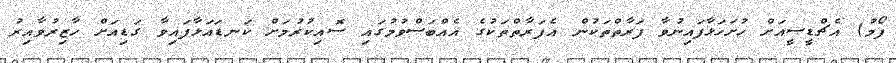
ފޯމު) އެޗްޑީސީއަށް ހުށަހަޅާފައިނުވާ ފަރާތްތަކުން އެފަރާތްތަކުގެ އެއްބަސްވުމުގައި ސޮއިކުރުމަށް ކަނޑައަޅާފައިވާ ގަޑިއަށް ހާޒިރުވާއިރު